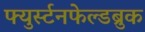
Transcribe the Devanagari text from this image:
फ्युर्स्टनफेल्डब्रुक